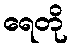
ရေတို